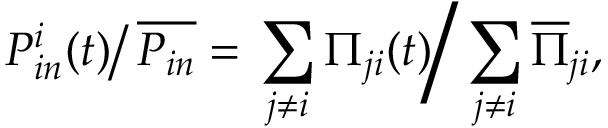
\left. P _ { i n } ^ { i } ( t ) \right/ \overline { { P _ { i n } } } = \left. \sum _ { j \neq i } \Pi _ { j i } ( t ) \right/ \sum _ { j \neq i } \overline { { \Pi } } _ { j i } ,